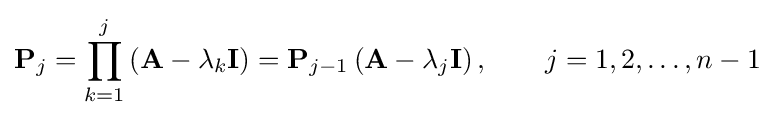
\mathbf {P} _{j}=\prod _{k=1}^{j}\left(\mathbf {A} -\lambda _{k}\mathbf {I} \right)=\mathbf {P} _{j-1}\left(\mathbf {A} -\lambda _{j}\mathbf {I} \right),\qquad j=1,2,\dots ,n-1